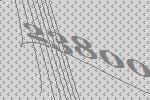
23800